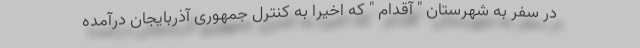
در سفر به شهرستان " آقدام " که اخیرا به کنترل جمهوری آذربایجان درآمده